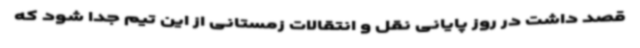
قصد داشت در روز پایانی نقل و انتقالات زمستانی از این تیم جدا شود که